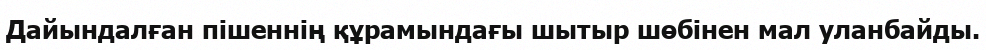
Дайындалған пішеннің құрамындағы шытыр шөбінен мал уланбайды.